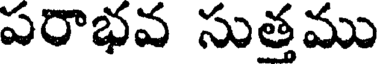
పరాభవ సుత్తము